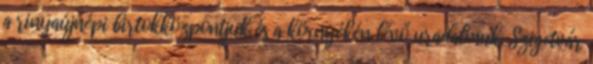
a rinyaújnépi birtokközpontjuk és a környékén lévő uradalmuk. Szigetvár